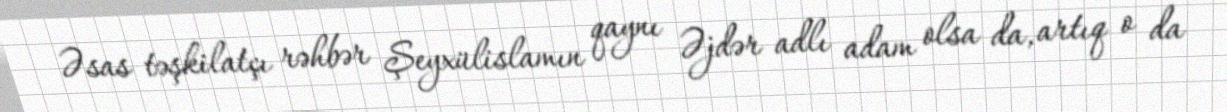
Əsas təşkilatçı rəhbər Şeyxülislamın qaynı Əjdər adlı adam olsa da, artıq o da